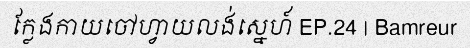
ក្លែងកាយចៅហ្វាយលង់ស្នេហ៍ EP.24 | Bamreur